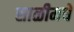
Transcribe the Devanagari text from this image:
साळीमधे